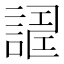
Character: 𧪀